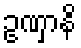
ဥဏှာနိ